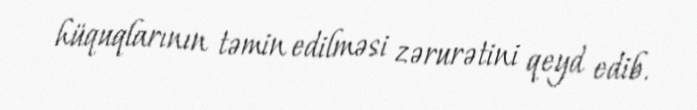
hüquqlarının təmin edilməsi zərurətini qeyd edib.